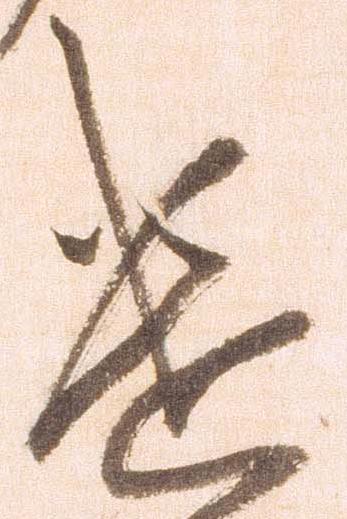
遣